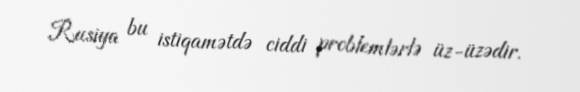
Rusiya bu istiqamətdə ciddi problemlərlə üz-üzədir.